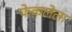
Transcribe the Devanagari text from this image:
फेकलेला